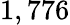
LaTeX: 1,776